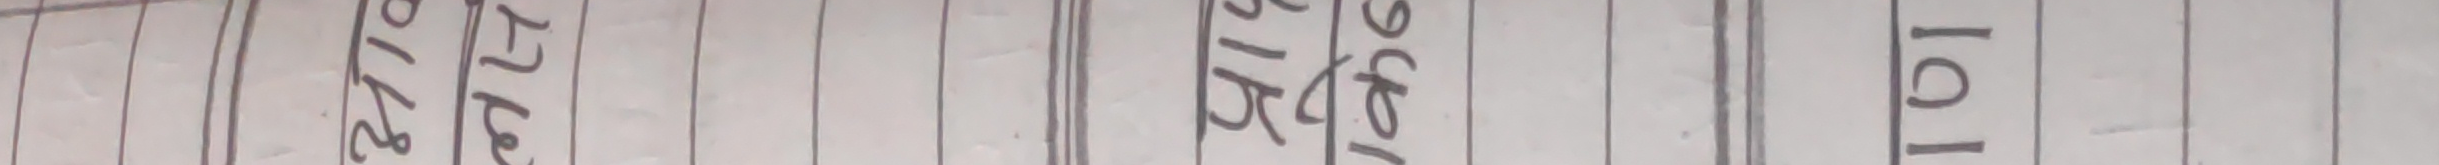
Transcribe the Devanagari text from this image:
८७७६ अश्वार १०१